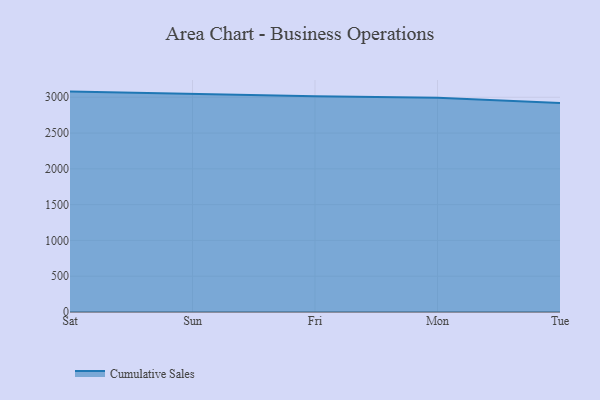
{"axis": {"x": "Day", "y": "Headcount"}, "legend": ["Cumulative Sales"], "data": [{"x": "Sat", "y": 3079.2, "type": "Cumulative Sales"}, {"x": "Sun", "y": 3044.9, "type": "Cumulative Sales"}, {"x": "Fri", "y": 3013.8, "type": "Cumulative Sales"}, {"x": "Mon", "y": 2992.3, "type": "Cumulative Sales"}, {"x": "Tue", "y": 2920.0, "type": "Cumulative Sales"}]}